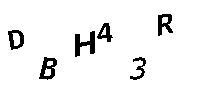
DBH43R